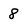
Character: 8